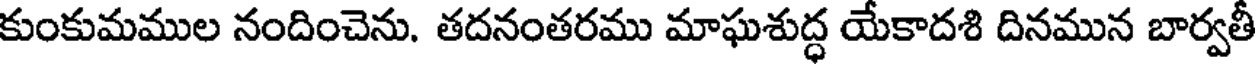
కుంకుమముల నందించెను. తదనంతరము మాఘశుద్ధ యేకాదశి దినమున బార్వతీ